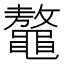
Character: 鼇